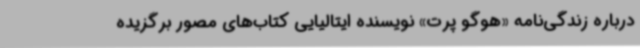
درباره زندگی‌نامه «هوگو پرت» نویسنده ایتالیایی کتاب‌های مصور برگزیده